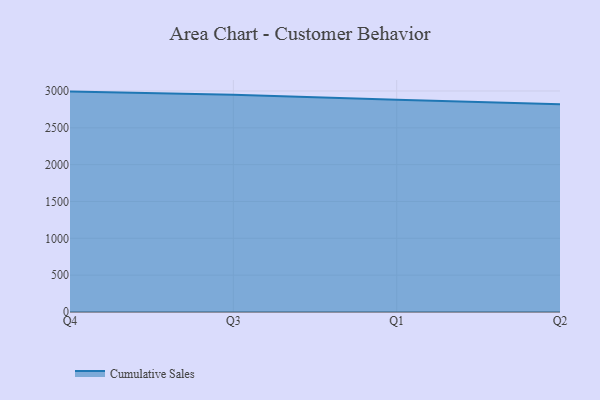
{"axis": {"x": "Quarter", "y": "Production Output"}, "legend": ["Cumulative Sales"], "data": [{"x": "Q4", "y": 2991.4, "type": "Cumulative Sales"}, {"x": "Q3", "y": 2948.1, "type": "Cumulative Sales"}, {"x": "Q1", "y": 2882.1, "type": "Cumulative Sales"}, {"x": "Q2", "y": 2818.2, "type": "Cumulative Sales"}]}